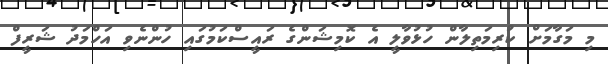
މި މަގާމަށް ކުރިމަތިލާން ހުޅުވާލީ އެ ކޮމިޝަންގެ ރައީސްކަމުގައި ހުންނެވި އަހްމަދު ޝަރީފް